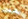
مشحون